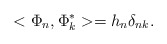
\begin{align*}<\Phi_{n},\Phi_{k}^{*}>=h_{n}\delta_{nk}.\end{align*}